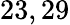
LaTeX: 23,29